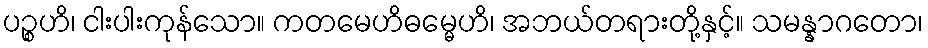
ပဉ္စဟိ၊ ငါးပါးကုန်သော။ ကတမေဟိဓမ္မေဟိ၊ အဘယ်တရားတို့နှင့်။ သမန္နာဂတော၊